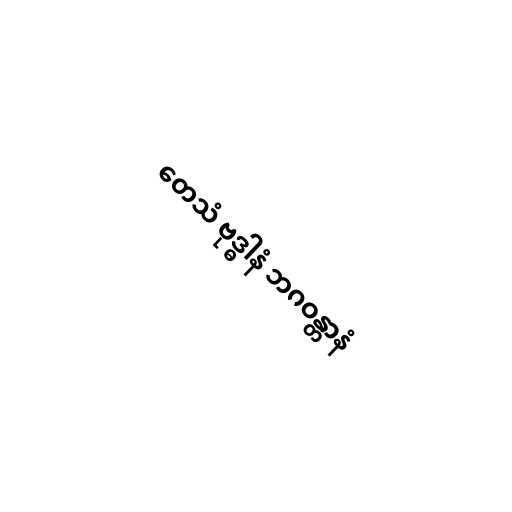
တေသံ ဗုဒ္ဓါနံ ဘဂဝန္တာနံ